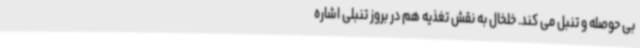
بی حوصله و تنبل می کند. خلخال به نقش تغذیه هم در بروز تنبلی اشاره